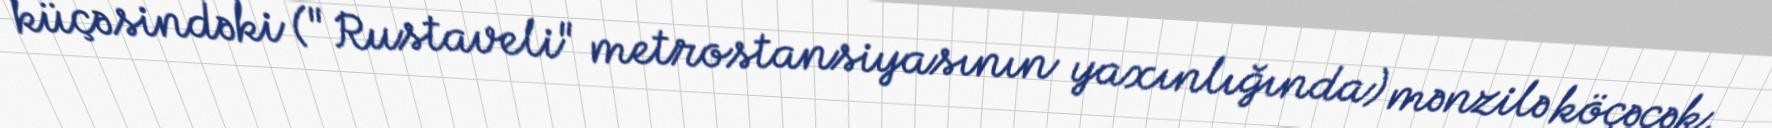
küçəsindəki ("Rustaveli" metrostansiyasının yaxınlığında) mənzilə köçəcək.